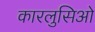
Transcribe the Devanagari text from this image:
कारलुसिओ